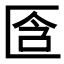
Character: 𠤿